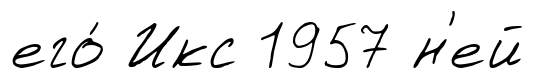
его́ Икс 1957 н'ей